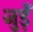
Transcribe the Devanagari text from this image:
जुड़ेँ